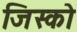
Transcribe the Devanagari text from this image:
जिस्को